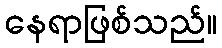
နေရာဖြစ်သည်။